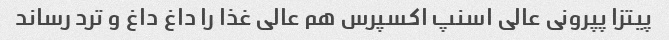
پیتزا پپرونی عالی اسنپ اکسپرس هم عالی غذا را داغ داغ و ترد رساند